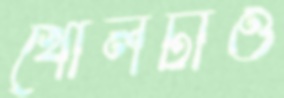
খোলটাও